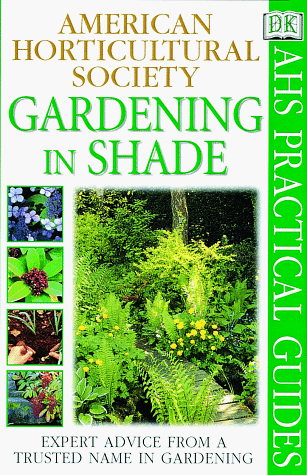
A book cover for American Horticultural Society Practical Guides: Gardening In Shade; Linden Hawthorne; Crafts, Hobbies & Home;